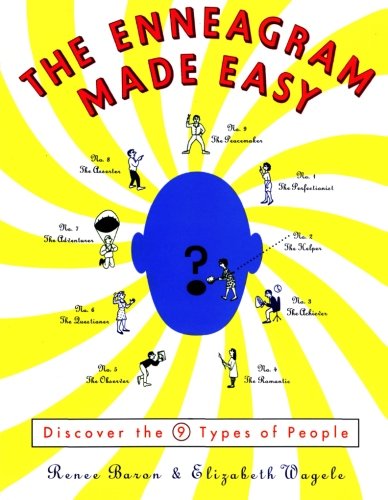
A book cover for The Enneagram Made Easy: Discover the 9 Types of People; Elizabeth Wagele; Health, Fitness & Dieting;